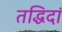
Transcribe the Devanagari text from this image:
तद्धिदां